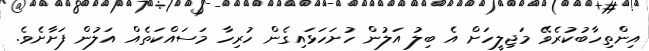
އިންތިހާބުކުރެވޭ މަޖިލީހަށް އެ ބިލު އަލުން ހުށަހަޅައިގެން ހުރިހާ މަސައްކަތެއް އަލުން ފަށާށެވެ.